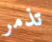
تذمر